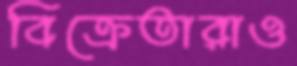
বিক্রেতারাও